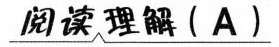
阅读理解 （A）